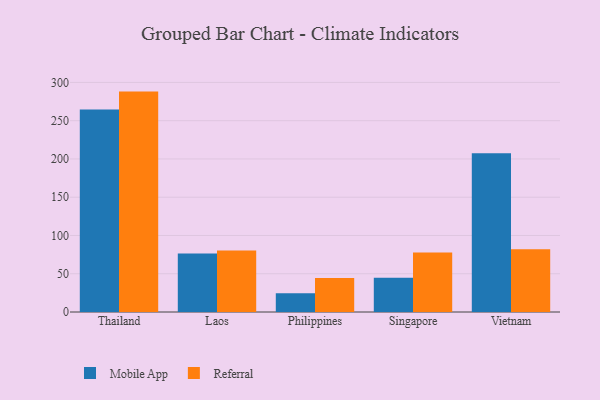
{"axis": {"x": "Country", "y": "Temperature (°C)"}, "legend": ["Mobile App", "Referral"], "data": [{"x": "Thailand", "y": 264.5, "type": "Mobile App"}, {"x": "Thailand", "y": 288.0, "type": "Referral"}, {"x": "Laos", "y": 76.4, "type": "Mobile App"}, {"x": "Laos", "y": 80.3, "type": "Referral"}, {"x": "Philippines", "y": 24.5, "type": "Mobile App"}, {"x": "Philippines", "y": 44.3, "type": "Referral"}, {"x": "Singapore", "y": 44.9, "type": "Mobile App"}, {"x": "Singapore", "y": 77.6, "type": "Referral"}, {"x": "Vietnam", "y": 207.6, "type": "Mobile App"}, {"x": "Vietnam", "y": 82.0, "type": "Referral"}]}